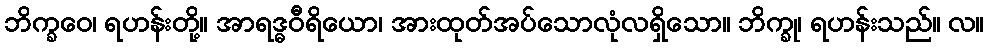
ဘိက္ခဝေ၊ ရဟန်းတို့။ အာရဒ္ဓဝီရိယော၊ အားထုတ်အပ်သောလုံလရှိသော။ ဘိက္ခု၊ ရဟန်းသည်။ လ။